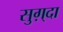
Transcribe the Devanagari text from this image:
सुग़्दा